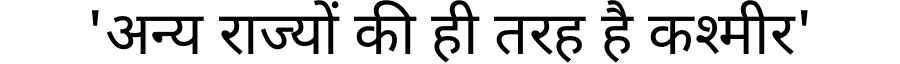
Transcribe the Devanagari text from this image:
'अन्य राज्यों की ही तरह है कश्मीर'